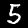
Digit: 5